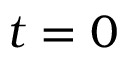
t = 0